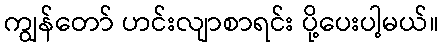
ကျွန်တော် ဟင်းလျာစာရင်း ပို့ပေးပါ့မယ်။